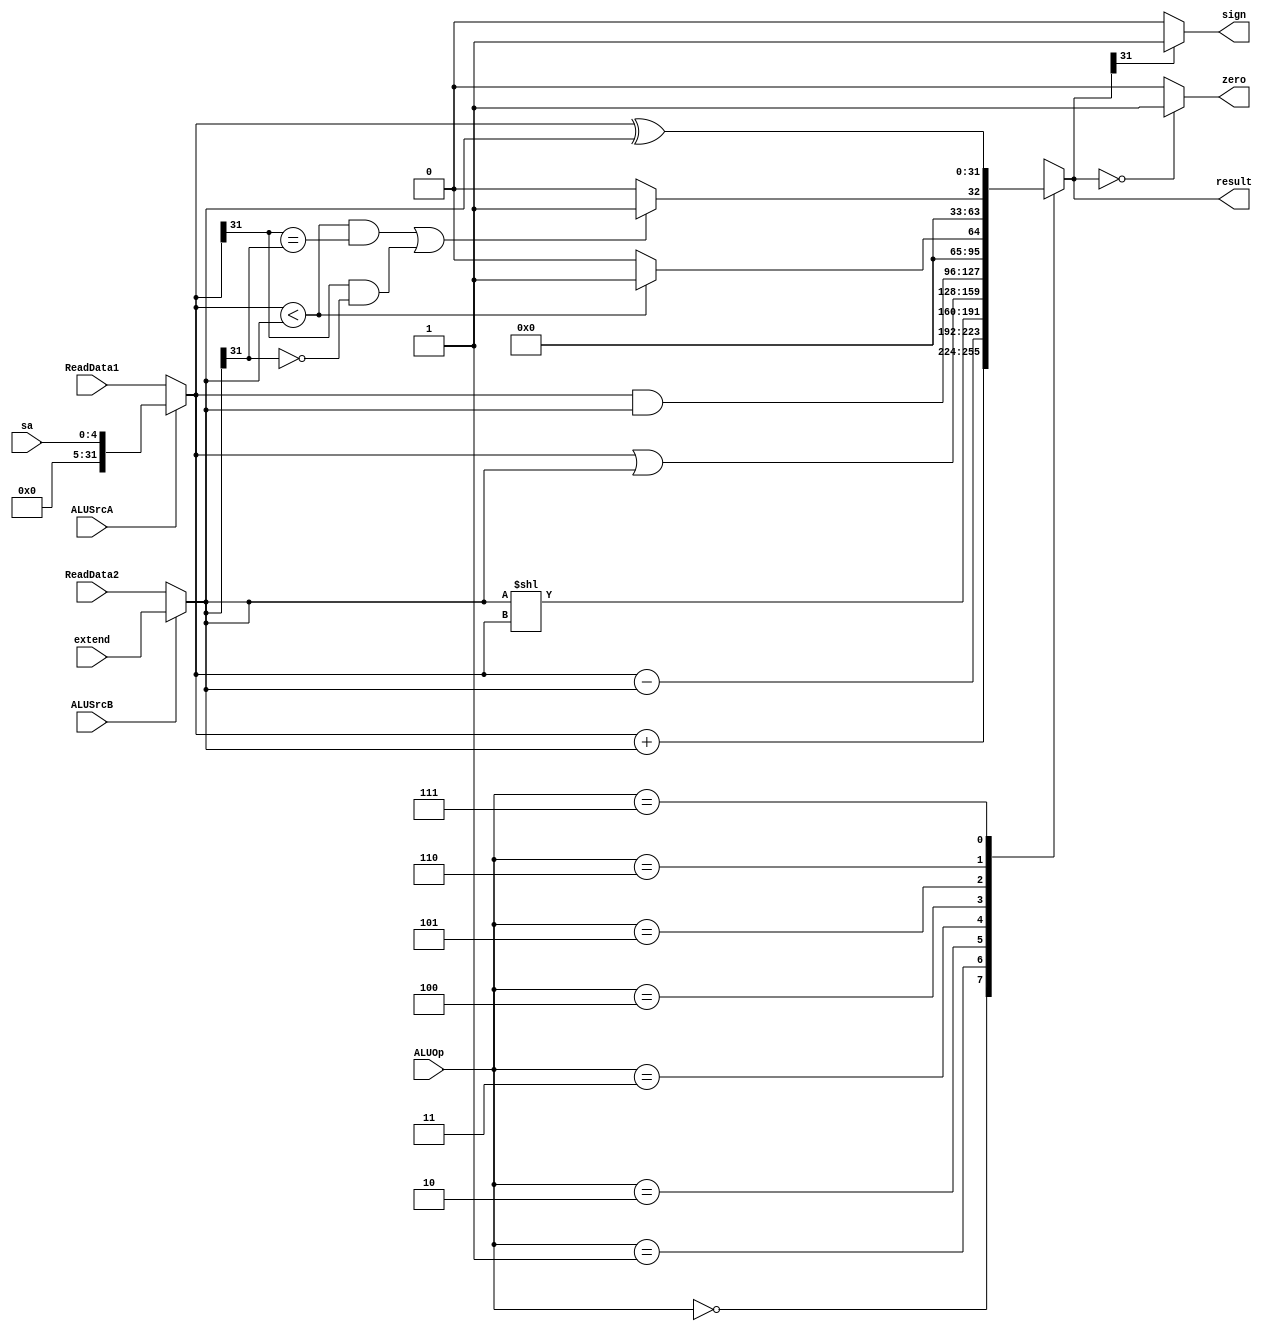
`timescale 1ns / 1ps

module ALU(
    input ALUSrcA,
    input ALUSrcB,
    input [31:0] ReadData1,
    input [31:0] ReadData2,
    input [4:0] sa,
    input [31:0] extend,
    input [2:0] ALUOp,
    output reg [31:0] result,
    output zero,
    output sign
    );
    
    assign zero = (result == 0) ? 1 : 0;
    assign sign = (result[31] == 0) ? 0 : 1;
    
    wire [31:0] regA, regB;
    assign regA = (ALUSrcA == 0) ? ReadData1 : sa;
    assign regB = (ALUSrcB == 0) ? ReadData2 : extend;
    
    always @( ALUOp or regA or regB ) begin
        case (ALUOp)
            3'b000 : result = regA + regB;
            3'b001 : result = regA - regB;
            3'b010 : result = regB << regA;
            3'b011 : result = regA | regB;
            3'b100 : result = regA & regB;
            3'b101 : result = (regA < regB) ? 1 : 0;
            3'b110 : begin
                    if ((regA < regB && (regA[31] == regB[31])) || (regA[31] == 1 && regB[31] == 0))
                        result = 1;
                    else
                        result = 0;
                    end
            3'b111: result = regA ^ regB;
            default : begin
                       result = 32'h00000000;
                    end
        endcase
    end

endmodule